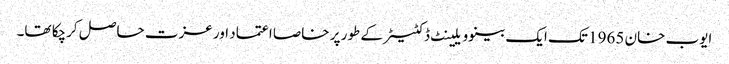
ایوب خان 1965 تک ایک بینوویلینٹ ڈکٹیٹر کے طور پر خاصا اعتماد اور عزت حاصل کرچکا تھا۔